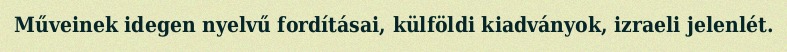
Műveinek idegen nyelvű fordításai, külföldi kiadványok, izraeli jelenlét.